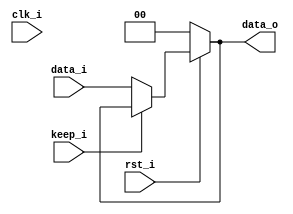
module IF_pipe_reg(
		rst_i,
		clk_i,   
		data_i,
		keep_i,
		data_o
    );

         
					
parameter size = 0;
input                    rst_i;
input                    clk_i;		  
input      [size-1: 0] data_i;
input      keep_i;
output     [size-1: 0] data_o;

wire [size-1: 0] data_o;

assign data_o = (!rst_i) ? 0 :
		(keep_i) ? data_o: data_i;

endmodule